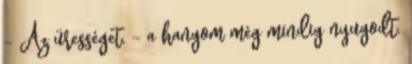
– Az ürességet. – a hangom még mindig nyugodt.